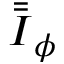
\bar { \bar { \boldsymbol { I } } } _ { \phi }